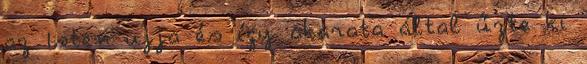
az Isten ujja és így akarata által űzte ki